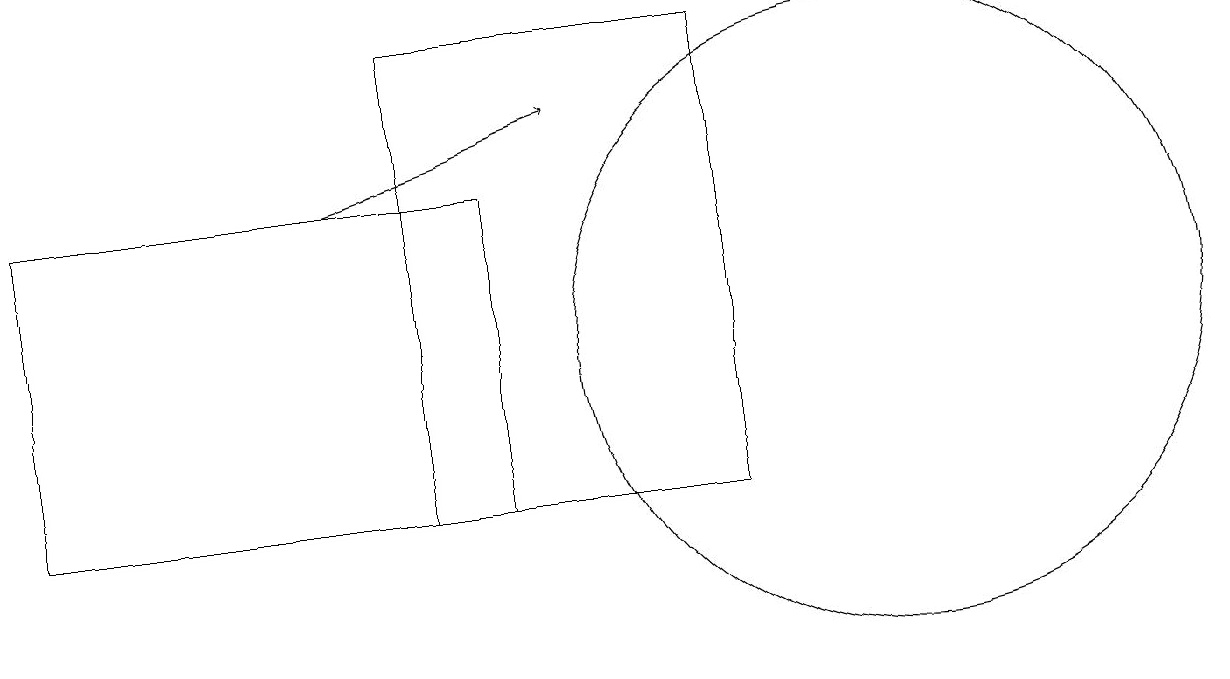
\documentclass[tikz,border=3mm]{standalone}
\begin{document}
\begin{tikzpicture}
\draw (5,16) rectangle (9,10);
\draw (0,14) rectangle (6,10);
\draw[->] (4,14) -- (7,15);
\draw (11,12) circle (4);
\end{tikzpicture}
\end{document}